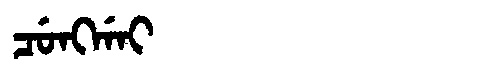
Manchu: ᠴᡠᠩᡤᠠᡳ
Romanization: CUNGGAI